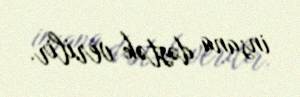
insana dəstək verilir.